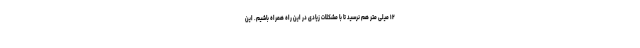
۱۲ میلی متر هم نرسید تا با مشکلات زیادی در این راه همراه باشیم. این